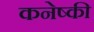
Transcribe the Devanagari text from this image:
कनेष्की